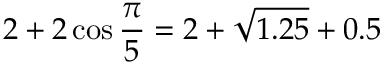
2 + 2 \cos { \frac { \pi } { 5 } } = 2 + { \sqrt { 1 . 2 5 } } + 0 . 5